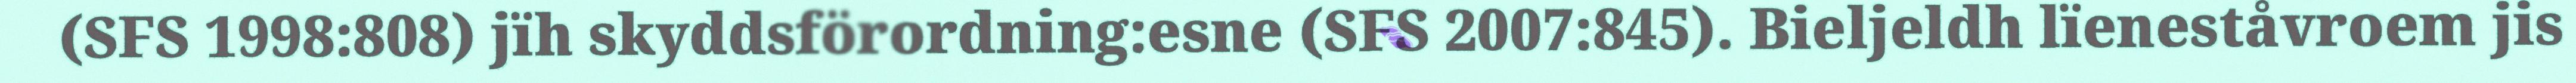
(SFS 1998:808) jïh skyddsförordning:esne (SFS 2007:845). Bieljeldh lïeneståvroem jis